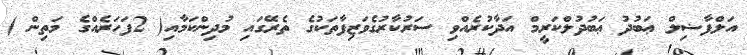
އަލްފާޟިލް ޢަބުދު ޢަބުދުލްކަރީމް އަދާކުރެއްވި ސަރުކާރުގެވަޒިފާތަކުގެ ތެރޭގައި މުދިންކަމާއި( 2ފަހަރެއްގެ މަތިން )